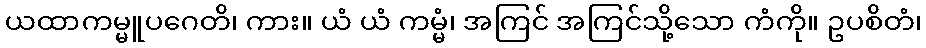
ယထာကမ္မူပဂေတိ၊ ကား။ ယံ ယံ ကမ္မံ၊ အကြင် အကြင်သို့သော ကံကို။ ဥပစိတံ၊